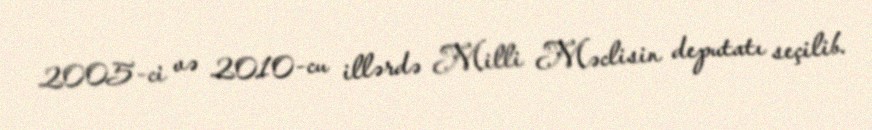
2005-ci və 2010-cu illərdə Milli Məclisin deputatı seçilib.